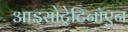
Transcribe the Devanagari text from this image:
आइसोट्रेटिनॉएन